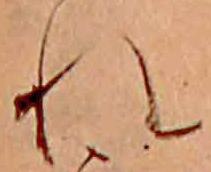
れ